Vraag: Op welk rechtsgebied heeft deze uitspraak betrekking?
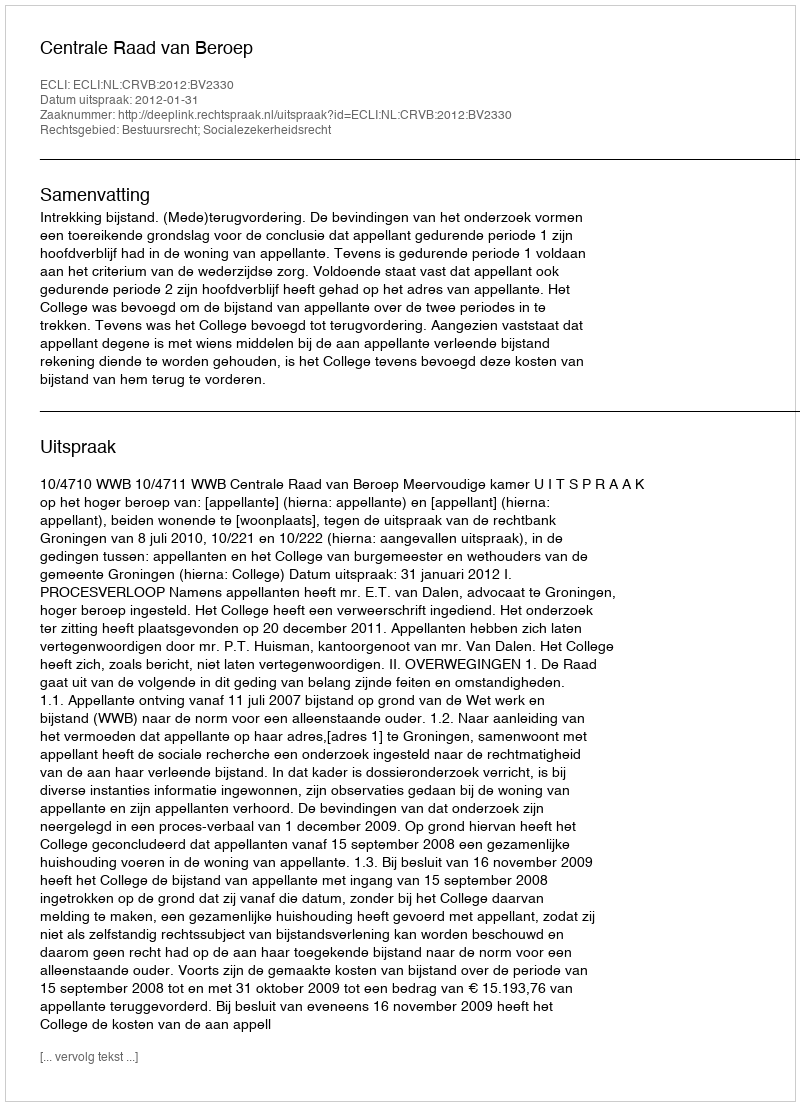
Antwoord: Bestuursrecht; Socialezekerheidsrecht